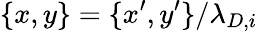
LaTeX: \{ x,y\} =\{ x^{\prime},y^{\prime}\} /{\lambda_{D,i}}